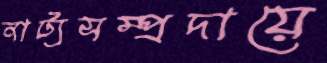
নাট্যসম্প্রদায়ে